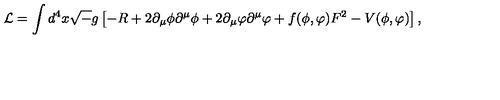
{ \cal L } = \int d ^ { 4 } x { \sqrt - g } \left[ - R + 2 \partial _ { \mu } \phi \partial ^ { \mu } \phi + 2 \partial _ { \mu } \varphi \partial ^ { \mu } \varphi + f ( \phi , \varphi ) F ^ { 2 } - V ( \phi , \varphi ) \right] ,